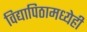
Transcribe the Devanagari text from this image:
विद्यापिठामध्येही